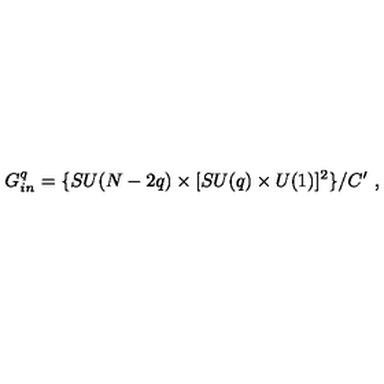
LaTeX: G _ { i n } ^ { q } = \{ S U ( N - 2 q ) \times [ S U ( q ) \times U ( 1 ) ] ^ { 2 } \} / C ^ { \prime } \ ,